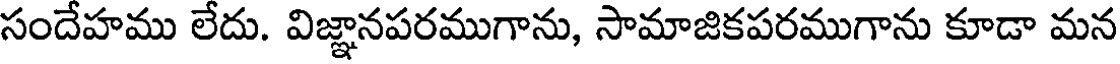
సందేహము లేదు. విజ్ఞానపరముగాను, సామాజికపరముగాను కూడా మన